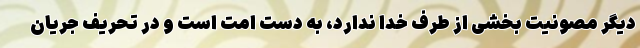
دیگر مصونیت بخشی از طرف خدا ندارد، به دست امت است و در تحریف جریان